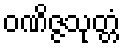
ဝဏိဇ္ဇသုတ္တံ